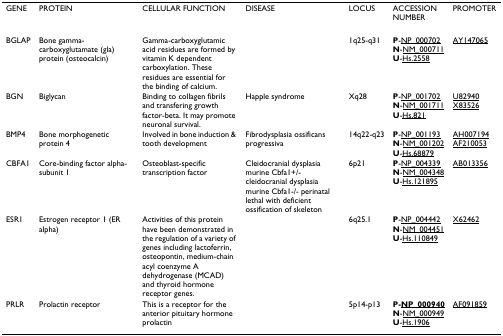
<table><thead><tr><td><b>GENE</b></td><td><b>PROTEIN</b></td><td><b>CELLULAR FUNCTION</b></td><td><b>DISEASE</b></td><td><b>LOCUS</b></td><td><b>ACCESSION NUMBER</b></td><td><b>PROMOTER</b></td></tr></thead><tbody><tr><td>BGLAP</td><td>Bone gamma-carboxyglutamate (gla) protein (osteocalcin)</td><td>Gamma-carboxyglutamic acid residues are formed by vitamin K dependent carboxylation. These residues are essential for the binding of calcium.</td><td></td><td>1q25-q31</td><td><b>P</b>-<underline>NP_000702</underline><b>N</b>-<underline>NM_000711</underline><b>U</b>-<underline>Hs.2558</underline></td><td><underline>AY147065</underline></td></tr><tr><td>BGN</td><td>Biglycan</td><td>Binding to collagen fibrils and transfering growth factor-beta. It may promote neuronal survival.</td><td>Happle syndrome</td><td>Xq28</td><td><b>P</b>-<underline>NP_001702</underline><b>N</b>-<underline>NM_001711</underline><b>U</b>-<underline>Hs.821</underline></td><td><underline>U82940</underline><underline>X83526</underline></td></tr><tr><td>BMP4</td><td>Bone morphogenetic protein 4</td><td>Involved in bone induction &amp; tooth development</td><td>Fibrodysplasia ossificans progressiva</td><td>14q22-q23</td><td><b>P</b>-<underline>NP_001193</underline><b>N</b>-<underline>NM_001202</underline><b>U</b>-<underline>Hs.68879</underline></td><td><underline>AH007194</underline><underline>AF210053</underline></td></tr><tr><td>CBFA1</td><td>Core-binding factor alpha-subunit 1</td><td>Osteoblast-specific transcription factor</td><td>Cleidocranial dysplasia murine Cbfa1+/- cleidocranial dysplasia murine Cbfa1-/- perinatal lethal with deficient ossification of skeleton</td><td>6p21</td><td><b>P</b>-<underline>NP_004339</underline><b>N</b>-<underline>NM_004348</underline><b>U</b>-<underline>Hs.121895</underline></td><td><underline>AB013356</underline></td></tr><tr><td>ESR1</td><td>Estrogen receptor 1 (ER alpha)</td><td>Activities of this protein have been demonstrated in the regulation of a variety of genes including lactoferrin, osteopontin, medium-chain acyl coenzyme A dehydrogenase (MCAD) and thyroid hormone receptor genes.</td><td></td><td>6q25.1</td><td><b>P</b>-<underline>NP_004442</underline><b>N</b>-<underline>NM_004451</underline><b>U</b>-<underline>Hs.110849</underline></td><td><underline>X62462</underline></td></tr><tr><td>PRLR</td><td>Prolactin receptor</td><td>This is a receptor for the anterior pituitary hormone prolactin</td><td></td><td>5p14-p13</td><td><b>P-<underline>NP_000940</underline></b><b>N</b>-<underline>NM_000949</underline><b>U</b>-<underline>Hs.1906</underline></td><td><underline>AF091859</underline></td></tr></tbody></table>